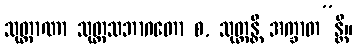
သုတ္တာဏာ သုတ္တသဘာဂတော စ, သုတ္တန္တိ အက္ခာတ”န္တိ။